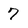
Character: 7